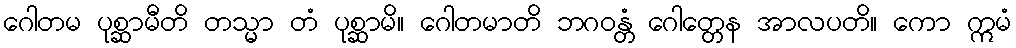
ဂေါတမ ပုစ္ဆာမီတိ တသ္မာ တံ ပုစ္ဆာမိ။ ဂေါတမာတိ ဘဂဝန္တံ ဂေါတ္တေန အာလပတိ။ ကော ဣမံ